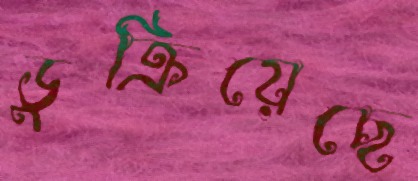
ডুক্‌রিয়েছে